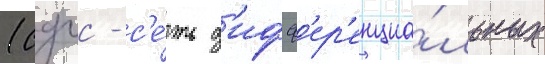
(сдгс - с'е́ть д'ифф'ер'енциа́льных